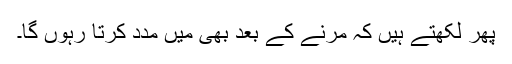
پھر لکھتے ہیں کہ مرنے کے بعد بھی میں مدد کرتا رہوں گا۔